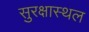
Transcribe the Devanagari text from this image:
सुरक्षास्थल